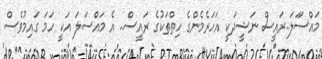
މައްސަަލަ..ރައީސް ނަޝީދަކީ އަހަރެމެންގެ ހިތްތަކުގެ ރައީސް.. އެ މައްސަލަ އަކީ ހަމަ ގައިމުވެސް